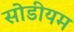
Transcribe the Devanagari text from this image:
सोडीयम